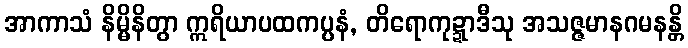
အာကာသံ နိမ္မိနိတွာ ဣရိယာပထကပ္ပနံ, တိရောကုဍ္ဍာဒီသု အသဇ္ဇမာနဂမနန္တိ